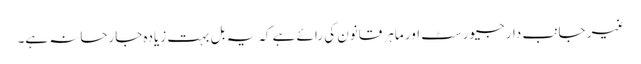
غیر جانب دار جیورسٹ اور ماہر قانون کی رائے ہے کہ یہ بل بہت زیادہ جارحانہ ہے۔